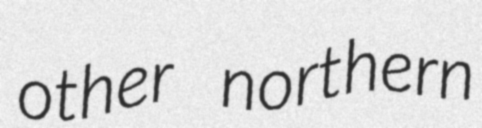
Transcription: other northern